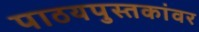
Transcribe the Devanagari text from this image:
पाठयपुस्तकांवर